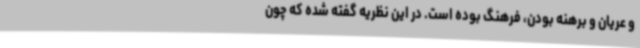
و عریان و برهنه بودن، فرهنگ بوده است. در این نظریه گفته شده که چون